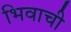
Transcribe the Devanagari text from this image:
भिवाची